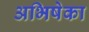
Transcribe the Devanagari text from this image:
अभिषेका